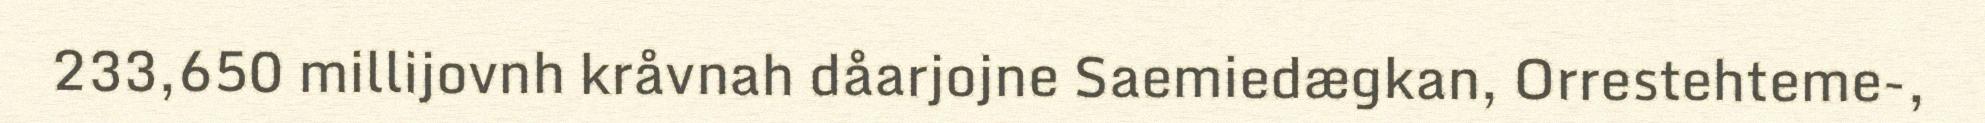
233,650 millijovnh kråvnah dåarjojne Saemiedægkan, Orrestehteme-,